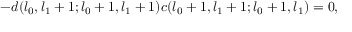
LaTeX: - d ( l _ { 0 } , l _ { 1 } + 1 ; l _ { 0 } + 1 , l _ { 1 } + 1 ) c ( l _ { 0 } + 1 , l _ { 1 } + 1 ; l _ { 0 } + 1 , l _ { 1 } ) = 0 ,